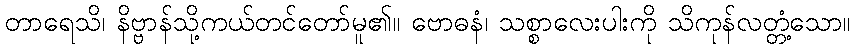
တာရေသိ၊ နိဗ္ဗာန်သို့ကယ်တင်တော်မူ၏။ ဗောဓနံ၊ သစ္စာလေးပါးကို သိကုန်လတ္တံ့သော။